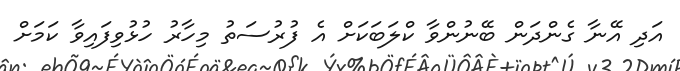
އަދި އޭނާ ގެންދަން ބޭނުންވާ ކްލަބަކަށް އެ ފުރުސަތު މިހާރު ހުޅުވިފައިވާ ކަމަށް